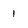
Character: 1